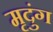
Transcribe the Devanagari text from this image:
मृदुंग